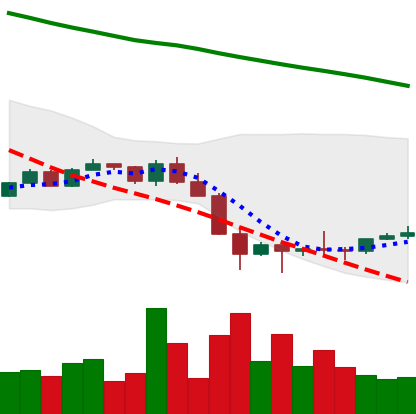
Ticker: NEO-USD
Chart end date: 2022-01-30
Forward return: 14.525%
Label: up_7plus